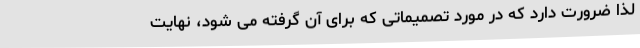
لذا ضرورت دارد که در مورد تصمیماتی که برای آن گرفته می شود، نهایت